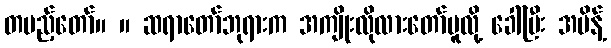
တပည့်တော်။ ။ ဆရာတော်ဘုရားက အကျိုးလိုလားတော်မူလို့ ခေါ်ပြီး အမိန့်